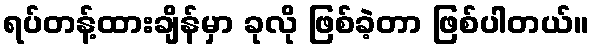
ရပ်တန့်ထားချိန်မှာ ခုလို ဖြစ်ခဲ့တာ ဖြစ်ပါတယ်။